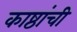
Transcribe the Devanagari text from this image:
काष्ठांची